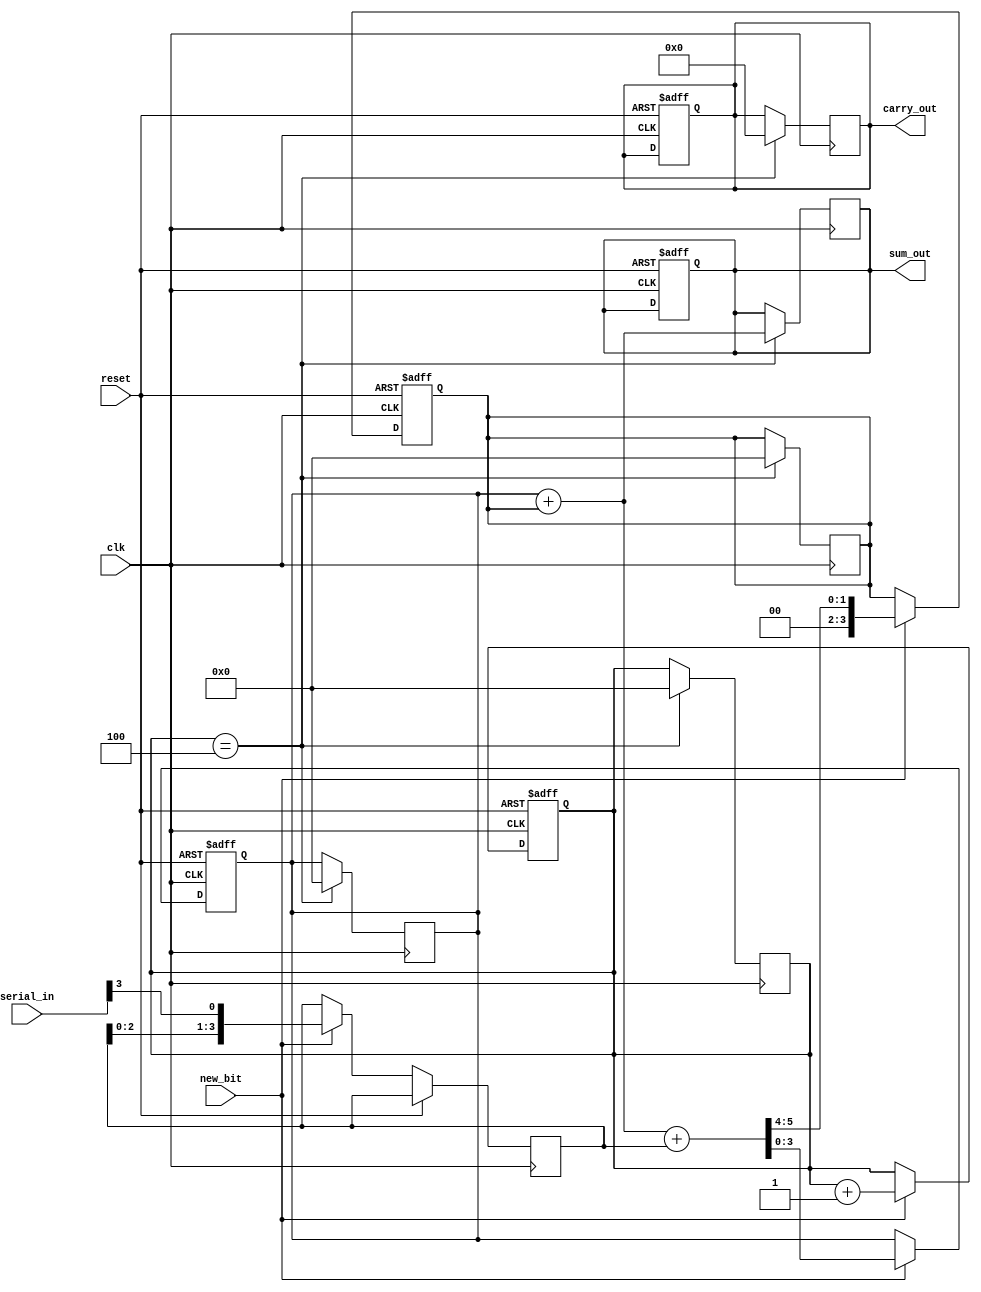
module CarrySaveAdder (
    input wire clk,                // Clock signal
    input wire reset,              // Reset signal
    input wire new_bit,            // Control signal indicating a new bit is available
    input wire [N-1:0] serial_in,  // Serial input data (N bits)
    output reg [N:0] sum_out,      // Output sum
    output reg [N:0] carry_out      // Output carry
);
    parameter N = 4;               // Number of bits in each input number
    reg [N-1:0] current_sum;       // Current sum register
    reg [N-1:0] current_carry;     // Current carry register
    reg [N-1:0] input_buffer;       // Buffer to hold incoming bits
    reg [N-1:0] bit_count;          // Count of bits received

    // Sequential logic to handle the incoming bits
    always @(posedge clk or posedge reset) begin
        if (reset) begin
            current_sum <= 0;
            current_carry <= 0;
            sum_out <= 0;
            carry_out <= 0;
            bit_count <= 0;
        end else if (new_bit) begin
            // Shift the input buffer to make room for the new bit
            input_buffer <= {input_buffer[N-2:0], serial_in[N-1]};
            bit_count <= bit_count + 1;

            // Perform carry-save addition
            {current_carry, current_sum} <= current_sum + current_carry + input_buffer;
        end
    end

    // Finalize the output after all bits have been received
    always @(posedge clk) begin
        if (bit_count == N) begin
            // Final addition to resolve carry bits
            {carry_out, sum_out} <= current_sum + current_carry;
            // Reset for next operation
            current_sum <= 0;
            current_carry <= 0;
            bit_count <= 0;
        end
    end
endmodule